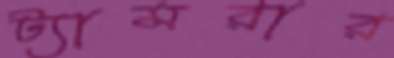
ট্যামরার